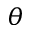
\theta